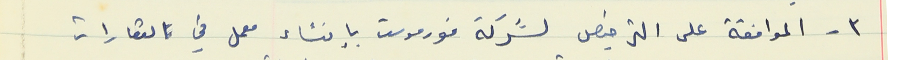
٣ - الموافقة على الترخيص لشركة فورموست بإنشاء معمل في العقارات